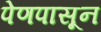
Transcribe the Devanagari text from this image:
पेणपासून